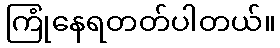
ကြုံနေရတတ်ပါတယ်။